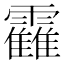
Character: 靃